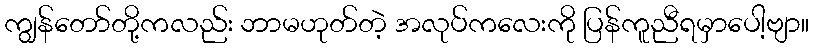
ကျွန်တော်တို့ကလည်း ဘာမဟုတ်တဲ့ အလုပ်ကလေးကို ပြန်ကူညီရမှာပေါ့ဗျာ။